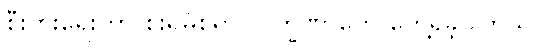
စီးပွားရေးဟာ စိုးရိမ်စရာ လက္ခဏာတွေ တွေ့ရှိခဲ့ပါတယ်။